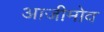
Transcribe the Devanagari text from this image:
आजीमोव